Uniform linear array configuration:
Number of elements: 48
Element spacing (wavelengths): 0.5
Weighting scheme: cosine
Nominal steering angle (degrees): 30
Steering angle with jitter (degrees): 30.129
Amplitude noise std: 0.05
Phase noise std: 0.05

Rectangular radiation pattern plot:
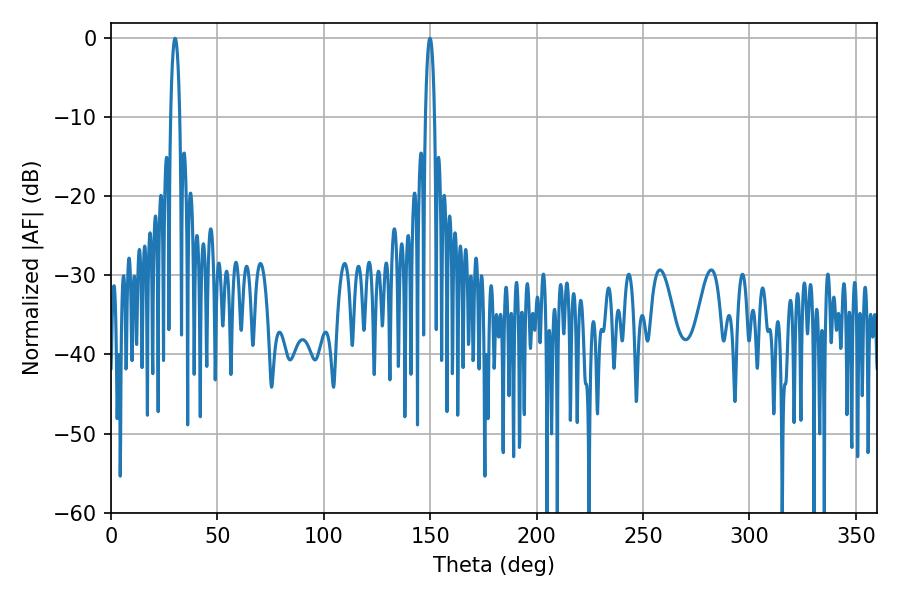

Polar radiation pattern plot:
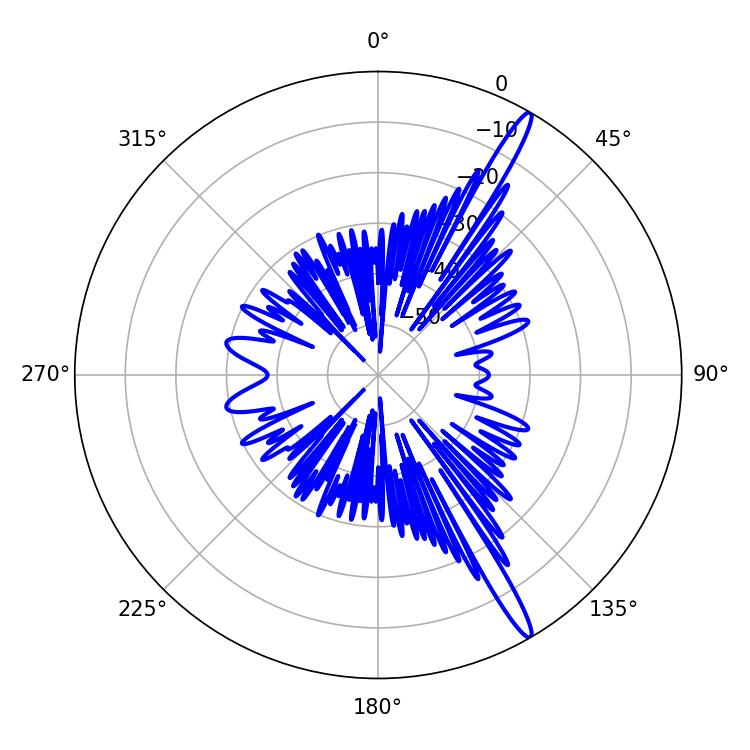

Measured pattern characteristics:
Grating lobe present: FALSE
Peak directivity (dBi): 16.164
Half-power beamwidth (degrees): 2.34
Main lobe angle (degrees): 30.06